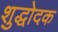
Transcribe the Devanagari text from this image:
शुद्धोदक